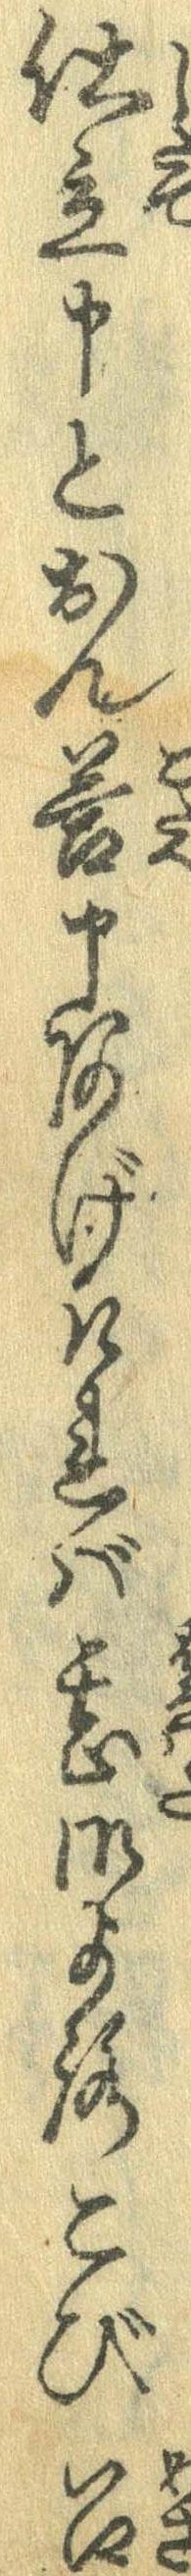
仕立申とおん答申あげたれば甚御よろこび召